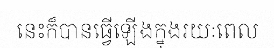
នេះក៏បានធ្វើឡើងក្នុងរយៈពេល